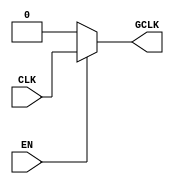
module static_clock_gating (
    input wire CLK,       // Primary clock signal
    input wire EN,        // Enable signal to control clock gating
    output wire GCLK      // Gated clock output
);

// Gating Logic
assign GCLK = EN ? CLK : 1'b0; // If EN is high, GCLK follows CLK; otherwise, GCLK is low

endmodule